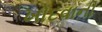
ખોદવાની